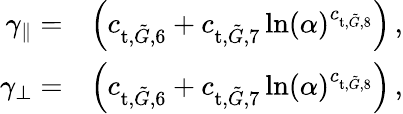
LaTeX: \begin{array}{rl}{\gamma_{\parallel}=}&{\left(c_{\textup{t},\tilde{G},6}+c_{\textup{t},\tilde{G},7}\ln(\alpha)^{c_{\textup{t},\tilde{G},8}}\right)\, ,}\\ {\gamma_{\perp}=}&{\left(c_{\textup{t},\tilde{G},6}+c_{\textup{t},\tilde{G},7}\ln(\alpha)^{c_{\textup{t},\tilde{G},8}}\right)\, ,}\end{array}